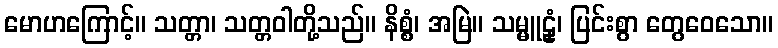
မောဟကြောင့်။ သတ္တာ၊ သတ္တဝါတို့သည်။ နိစ္စံ၊ အမြဲ။ သမ္မူဠှံ၊ ပြင်းစွာ တွေဝေသော။